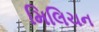
મિલિચન